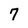
Character: 7